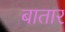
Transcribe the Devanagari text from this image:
बातार